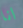
انا